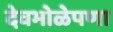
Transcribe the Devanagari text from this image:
देवभोळेपणा